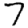
Digit: 7